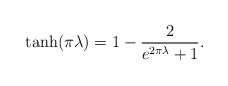
\begin{align*}\tanh(\pi\lambda)=1-\frac2{e^{2\pi\lambda}+1}.\end{align*}